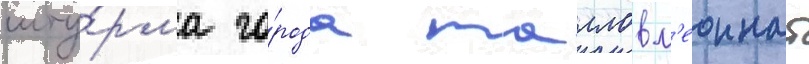
шту́рма го́рода маллов л'еоннат